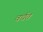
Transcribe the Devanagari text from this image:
वर्धत